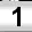
Digit: 1